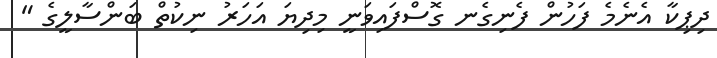
ދިޕިކާ އެނެމެ ފަހުން ފެނިގެނ ގޮސްފައިވަނީ މިދިޔަ އަހަރު ނިކުތް ބަންސާލީގެ "